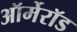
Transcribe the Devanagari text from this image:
ऑर्मेरॉड